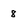
Character: 8